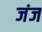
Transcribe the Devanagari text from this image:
जंज